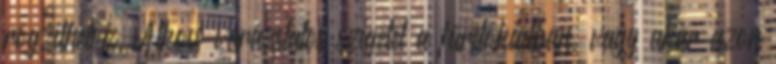
rögzíthetők. Alkoss varázslatos szigetet a fürdőkádban, vagy akár azon